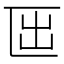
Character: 𠥱